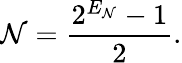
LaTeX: \mathcal{N}=\frac{2^{E_{\mathcal{N}}}-1}{2}.